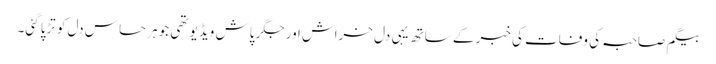
بیگم صاحبہ کی وفات کی خبر کے ساتھ یہی دل خراش اور جگر پاش ویڈیو تھی جو ہر حساس دل کو تڑپا گئی۔